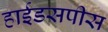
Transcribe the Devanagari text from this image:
हाईडसपीस